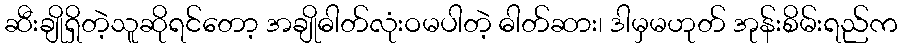
ဆီးချိုရှိတဲ့သူဆိုရင်တော့ အချိုဓါတ်လုံးဝမပါတဲ့ ဓါတ်ဆား၊ ဒါမှမဟုတ် အုန်းစိမ်းရည်က